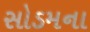
સોડમના